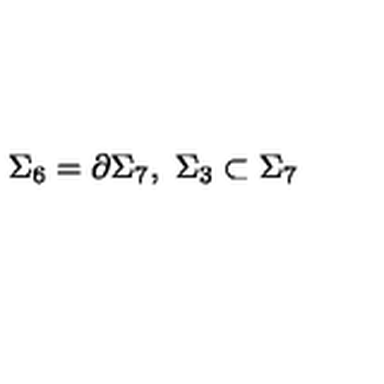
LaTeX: \Sigma _ { 6 } = \partial \Sigma _ { 7 } , \ \Sigma _ { 3 } \subset \Sigma _ { 7 }